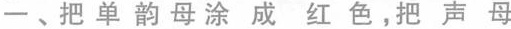
把单韵母涂成红色，把声母